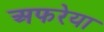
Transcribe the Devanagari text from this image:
अफरेया